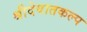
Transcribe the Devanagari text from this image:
श्रीदेवातकल्प